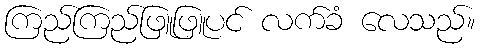
ကြည်ကြည်ဖြူဖြူပင် လက်ခံ လေသည်။